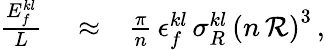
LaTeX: \begin{array}{rlr}{\frac{E_{f}^{kl}}{L}}&{{}\approx}&{\frac{\pi}{n}\, \epsilon_{f}^{kl}\, \sigma_{R}^{kl}\, \left(n\, {\cal R}\right)^{3}\, ,}\end{array}